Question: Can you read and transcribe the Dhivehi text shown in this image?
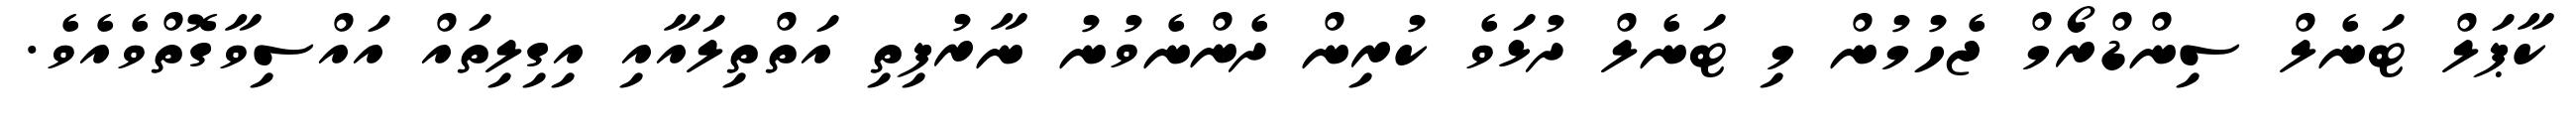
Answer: ކާޕަލް ޓަނެލް ސިންޑްރޯމް ޖެހުމުން މި ޓަނެލް ދުޅަވެ ކުރިން ދެންނެވުނު ނާރުފިތި އަތްތިލައާއި އިގިލިތައް އައްސިވާގޮތްވެއެވެ.